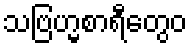
သဗြဟ္မစာရီတွေဝ